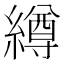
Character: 繜